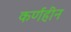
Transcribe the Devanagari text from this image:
कर्णहीन